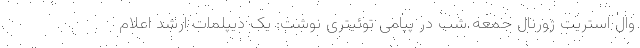
وال استریت ژورنال جمعه شب در پیامی توئیتری نوشت: یک دیپلمات ارشد اعلام